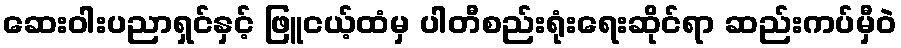
ဆေးဝါးပညာရှင်နှင့် ဖြူငယ့်ထံမှ ပါတီစည်းရုံးရေးဆိုင်ရာ ဆည်းကပ်မှီဝဲ